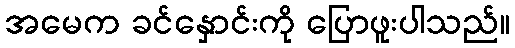
အမေက ခင်နှောင်းကို ပြောဖူးပါသည်။